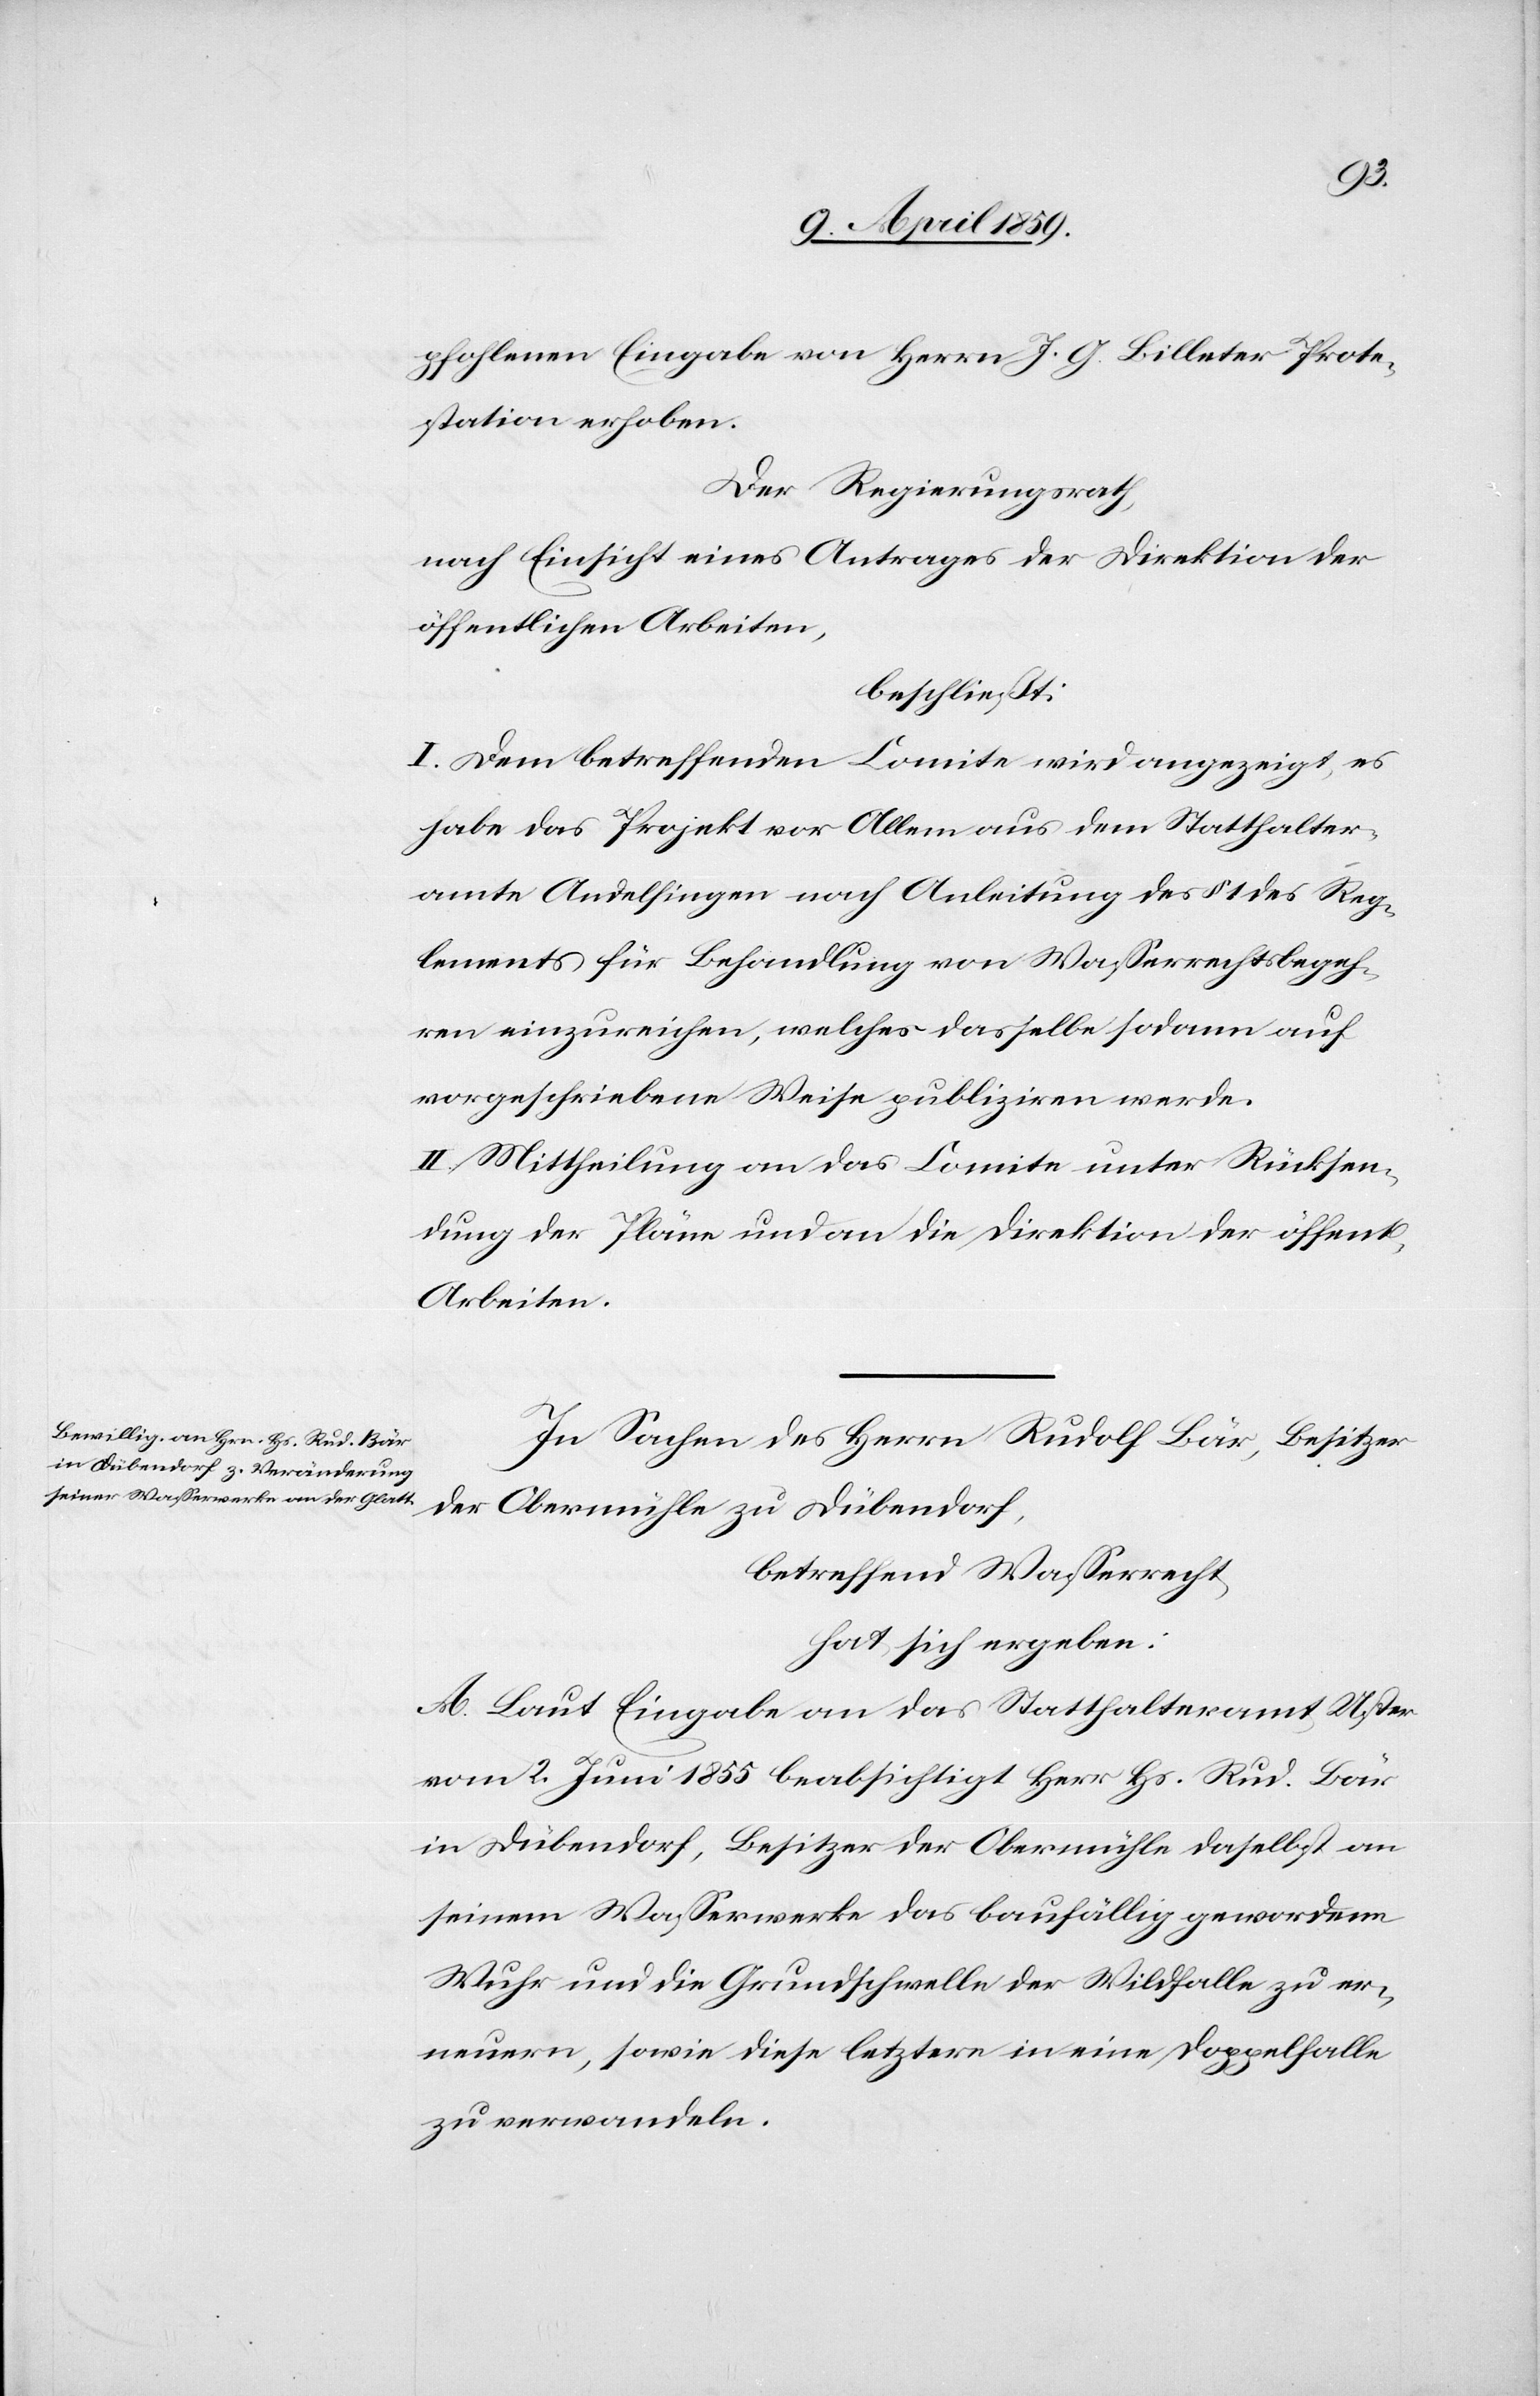
lichen
pfohlenen Eingabe von Herrn J. G. Billeter Prote¬
station erhoben.
Der Regierungsrath,
nach Einsicht eines Antrages der Direktion der
öffentlichen Arbeiten,
beschließt:
I. Dem betreffenden Comite wird angezeigt, es
habe das Projekt vor Allem aus dem Statthalter¬
amte Andelfingen nach Anleitung des § 1 des Reg¬
lements für Behandlung von Waßerrechtsbegeh¬
ren einzureichen, welches dasselbe sodann auf
vorgeschriebene Weise publiziren werde.
II. Mittheilung an das Comite unter Rücksen¬
dung der Pläne und an die Direktion der öffent¬
Arbeiten.
In Sachen des Herrn Rudolf Bär, Besitzer
der Obermühle zu Dübendorf,
betreffend Waßerrecht,
hat sich ergeben:
A. Laut Eingabe an das Statthalteramt Uster
vom 2. Juni 1855 beabsichtigt Herr Hs. Rud. Bär
in Dübendorf, Besitzer der Obermühle daselbst an
seinem Waßerwerke das baufällig gewordene
Wuhr und die Grundschwelle der Wildfalle zu er¬
neuern, sowie diese letztere in eine Doppelfalle
zu verwandeln.